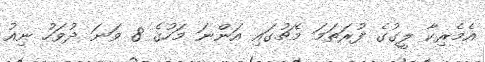
އެމެރިކާ ލީގުގެ ފުރަތަމަ މެޗުގައި އަންނަ މަހުގެ 8 ވަނަ ދުވަހު ނިއު